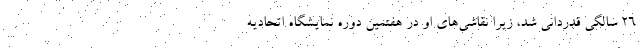
۲۶ سالگی قدردانی شد، زیرا نقاشی‌های او در هفتمین دوره نمایشگاه اتحادیه